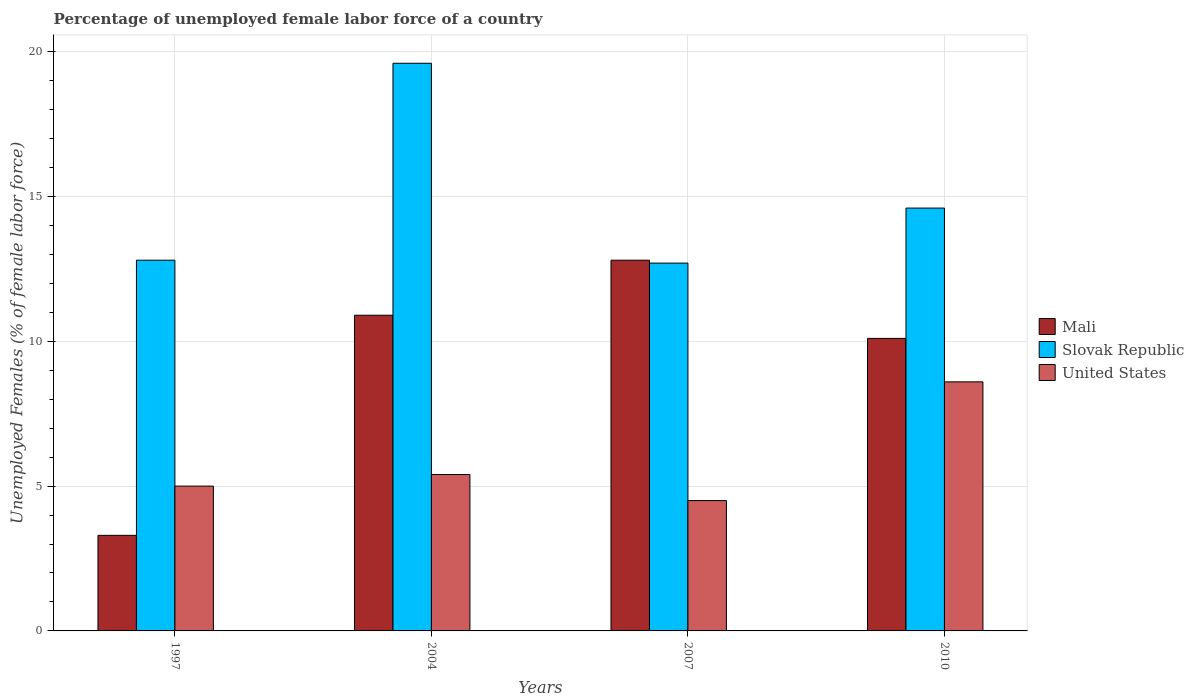
| Years | Mali | Slovak Republic | United States |
 | --- | --- | --- | --- |
 | 1997 | 3.3 | 12.8 | 5 |
 | 2004 | 10.9 | 19.6 | 5.4 |
 | 2007 | 12.8 | 12.7 | 4.5 |
 | 2010 | 10.1 | 14.6 | 8.6 |